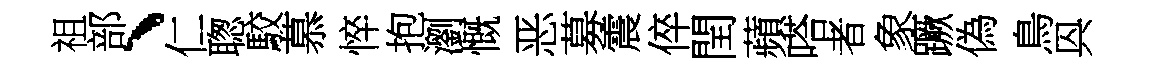
祖部、仁聦駮慕悴抱瀏慨恶募震倅閏蘋嗒者象蹶偽鳥㒷